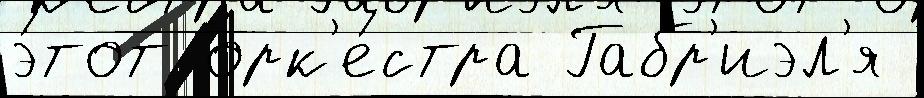
э́тот орк'е́стра Габр'иэл'я